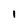
Character: 1